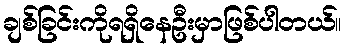
ချစ်ခြင်းကိုရရှိနေဦးမှာဖြစ်ပါတယ်။